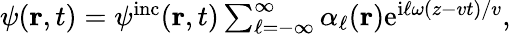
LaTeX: \begin{array}{r}{\psi({\mathbf r},t)=\psi^{\mathrm{inc}}({\mathbf r},t)\sum_{\ell=-\infty}^{\infty}\alpha_{\ell}({\mathbf r})\mathrm{e}^{\mathrm{i}\ell\omega(z-vt)/v},}\end{array}